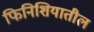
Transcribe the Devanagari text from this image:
फिनिशियातील